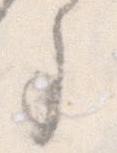
事